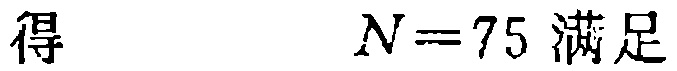
得\(N = 75\)满足